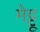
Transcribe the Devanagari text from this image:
मेट्टू